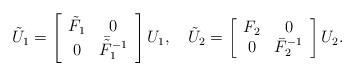
LaTeX: \begin{align*}\tilde U_1=\left[\begin{array}{cc}\tilde{F}_1 & 0\\0 & \bar{\tilde{F}}_1^{-1}\end{array}\right] U_1,\quad\tilde U_2=\left[\begin{array}{cc}F_2 & 0\\0 & \bar{F}_2^{-1}\end{array}\right]U_2.\end{align*}